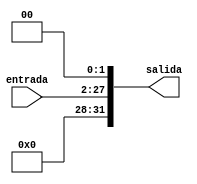
module shift28(entrada,salida);
input wire [25:0] entrada; 
output reg [31:0]salida;
reg [3:0]juntar = 4'b0000;
always@(*)
begin
salida = entrada<<2;
salida = {juntar,salida};
end
endmodule